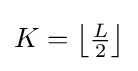
{\textstyle K=\left\lfloor {\frac {L}{2}}\right\rfloor }